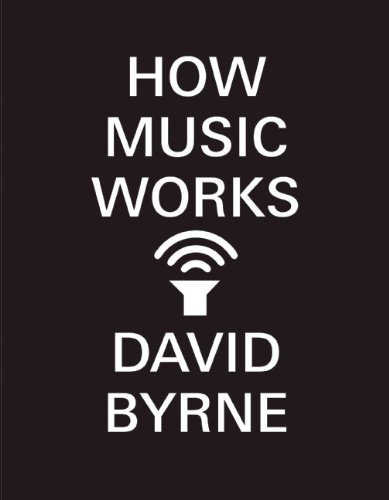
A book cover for How Music Works; David Byrne; Arts & Photography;